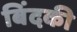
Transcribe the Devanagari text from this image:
बिंदकी